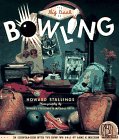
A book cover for The Big Book of Bowling; Howard Stallings; Sports & Outdoors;